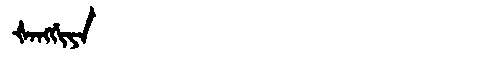
Manchu: ᡧᠠᠩᡤᡳᠶᠠ
Romanization: ŠANGGIYA